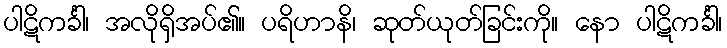
ပါဋိကင်္ခါ၊ အလိုရှိအပ်၏။ ပရိဟာနိ၊ ဆုတ်ယုတ်ခြင်းကို။ နော ပါဋိကင်္ခါ၊